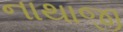
નાથાજી